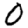
Digit: 0